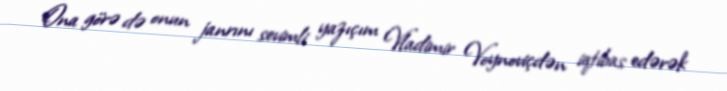
Ona görə də onun janrını sevimli yazıçım Vladimir Voynoviçdən iqtibas edərək